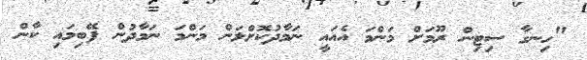
"ހިނގާ ސިޓިން ރޫމަށް މަންމަ އެއައީ ނަމާދުކޮށްލަން މަންމަ ނަމާދުން ފޭބިމައި ކާން